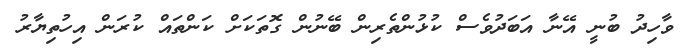
ވާހިދު ބުނީ އޭނާ އަބަދުވެސް ކުޅުންތެރިން ބޭނުން ގޮތަކަށް ކަންތައް ކުރަން އިހުތިޔާރު